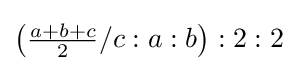
\left({\tfrac {a+b+c}{2}}/c:a:b\right):2:2